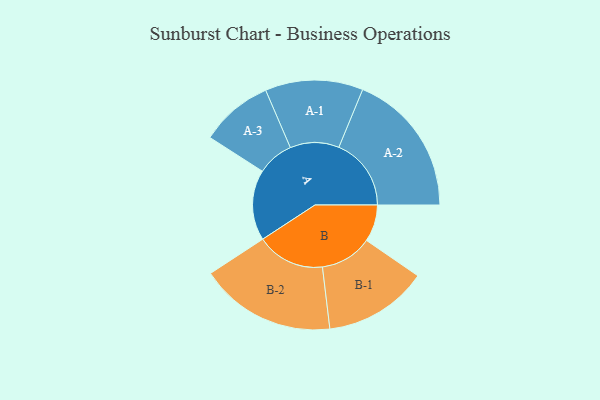
{"axis": {"x": "Segment", "y": "Value"}, "legend": ["", "A", "B"], "data": [{"x": "A", "y": 271, "type": ""}, {"x": "B", "y": 142, "type": ""}, {"x": "A-1", "y": 188, "type": "A"}, {"x": "A-2", "y": 278, "type": "A"}, {"x": "A-3", "y": 140, "type": "A"}, {"x": "B-1", "y": 200, "type": "B"}, {"x": "B-2", "y": 262, "type": "B"}]}